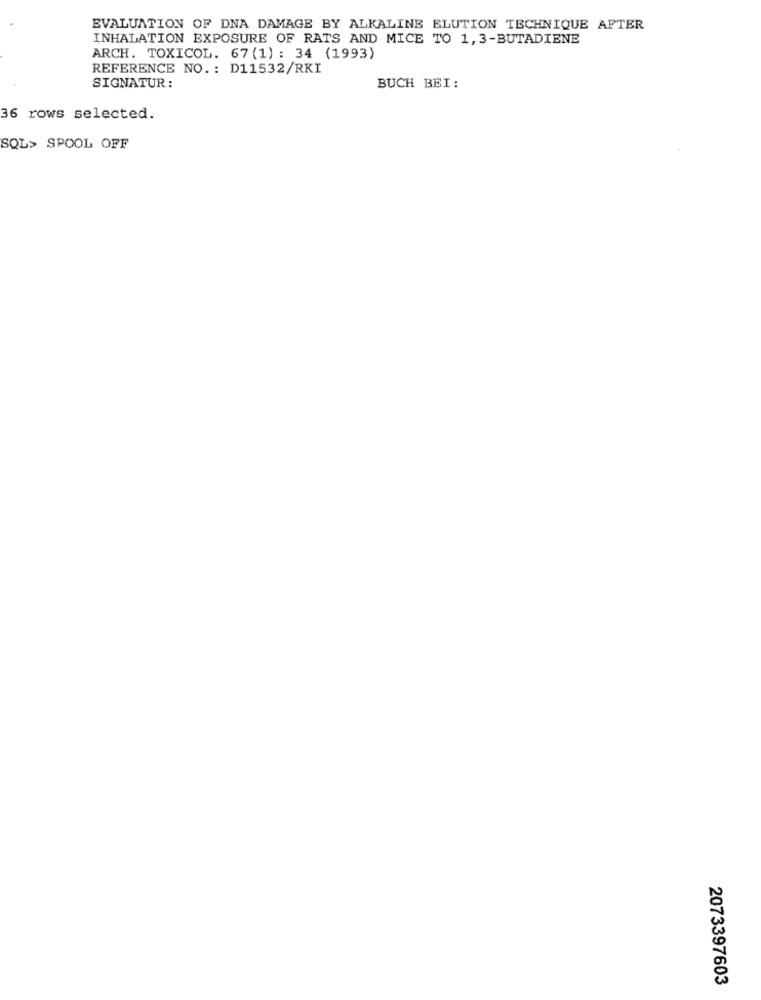
EVALUATION OF DNA DAMAGE BY ALKALINE ELUTION TECHNIQUE AFTER
INHALATION EXPOSURE OF RATS AND MICE TO 1, 3-BUTADIENE
ARCH. TOXICOL. 67 (1) : 34 (1993)
REFERENCE NO. : D11532/RKI
SIGNATUR:
BUCH BEI:
36 rows selected.
SQL> SPOOL OFF
2073397603